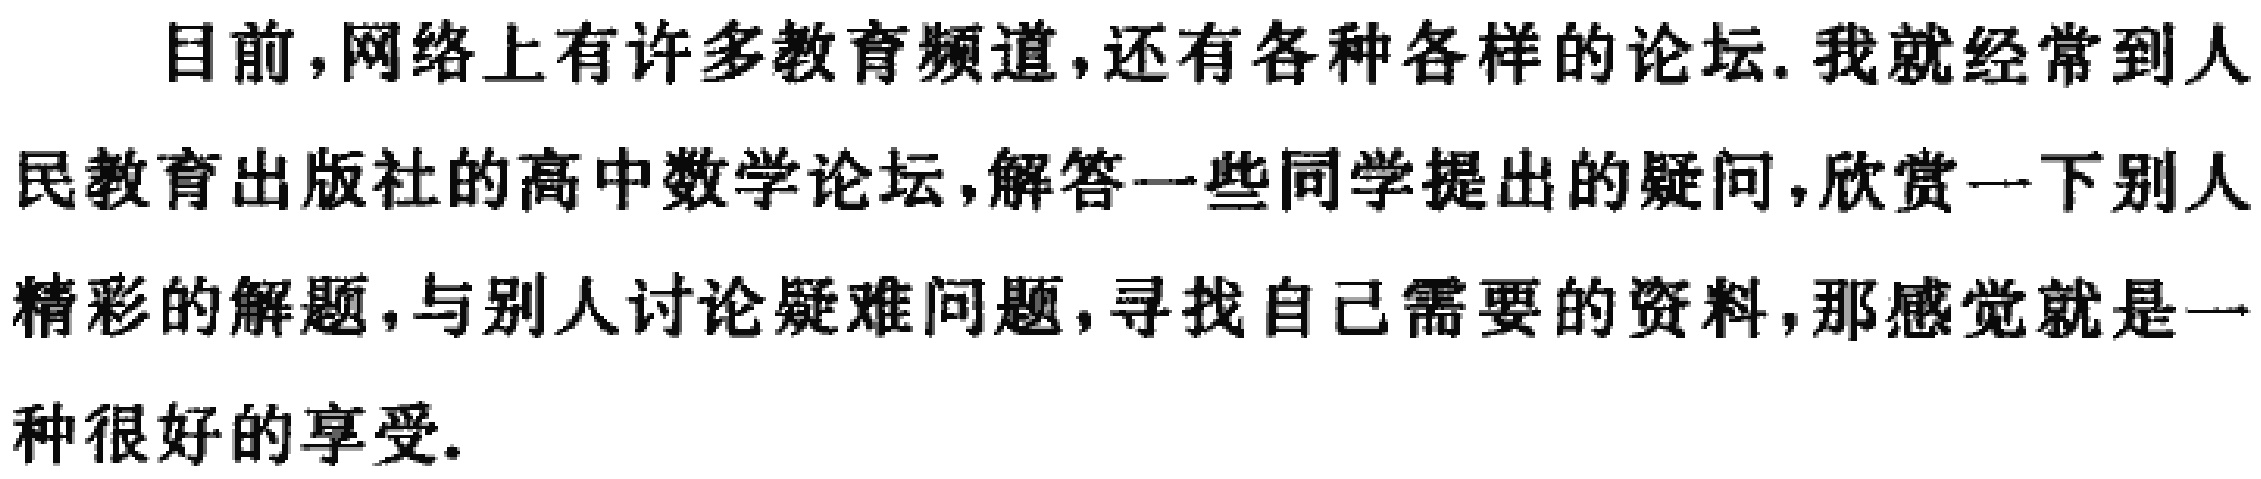
目前，网络上有许多教育频道，还有各种各样的论坛. 我就经常到人民教育出版社的高中数学论坛，解答一些同学提出的疑问，欣赏一下别人精彩的解题，与别人讨论疑难问题，寻找自己需要的资料，那感觉就是一种很好的享受.